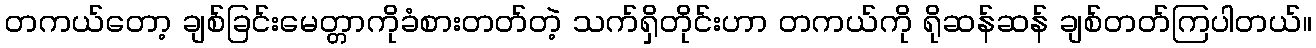
တကယ်တော့ ချစ်ခြင်းမေတ္တာကိုခံစားတတ်တဲ့ သက်ရှိတိုင်းဟာ တကယ်ကို ရိုဆန်ဆန် ချစ်တတ်ကြပါတယ်။